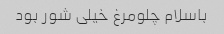
باسلام چلومرغ خیلی شور بود